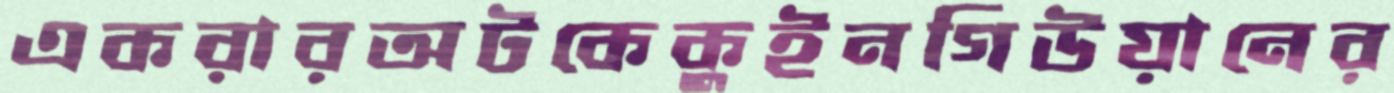
একরারঅটকেকুইনগিউয়ানের